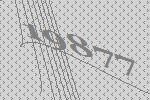
19877